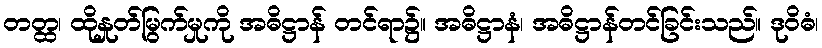
တတ္ထ၊ ထိုနှုတ်မြွက်မှုကို အဓိဋ္ဌာန် တင်ရာ၌။ အဓိဋ္ဌာနံ၊ အဓိဋ္ဌာန်တင်ခြင်းသည်။ ဒုဝိဓံ၊